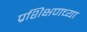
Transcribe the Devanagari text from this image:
प्रशिक्षणच्या